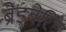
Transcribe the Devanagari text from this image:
ब्रैडबेरि